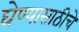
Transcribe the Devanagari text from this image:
घेण्यासाठीचे